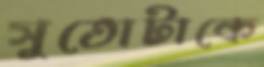
সুতোটাকে